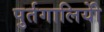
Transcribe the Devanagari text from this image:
पुर्तगालियोें